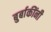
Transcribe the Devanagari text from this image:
बुर्बाकींनी